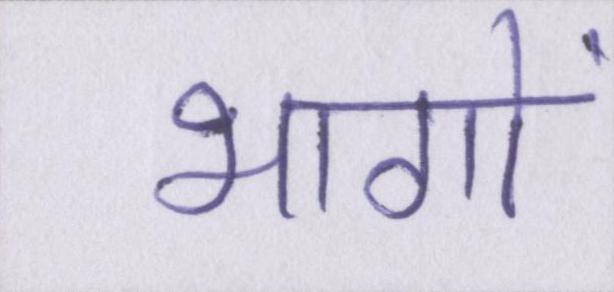
भागों